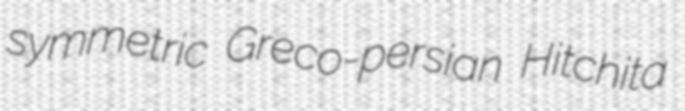
symmetric Greco-persian Hitchita